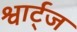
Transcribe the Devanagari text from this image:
श्वार्ट्‌ज